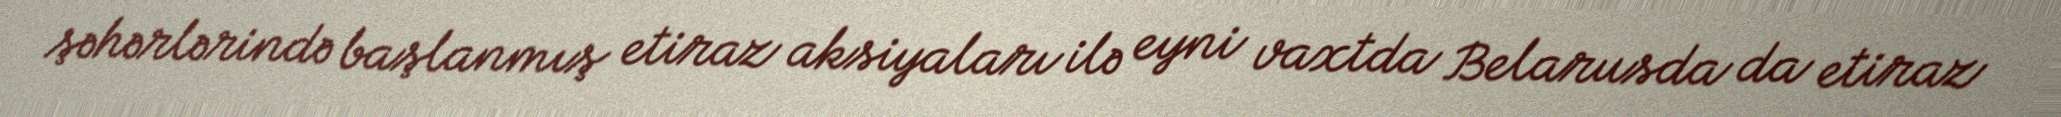
şəhərlərində başlanmış etiraz aksiyaları ilə eyni vaxtda Belarusda da etiraz